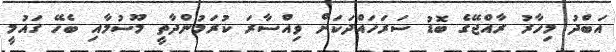
އަބްދު މިހާރު ރާއްޖޭގެ ބޮޑު ސަރަހައްދަކަށް ވިއްސާރަ ކުރަމުންދާތީ މޫސުމާއި ބެހޭ ގައުމީ